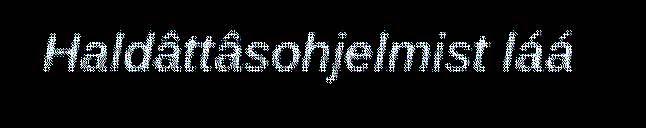
Haldâttâsohjelmist láá